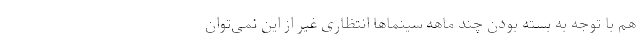
هم با توجه به بسته بودن چند ماهه سینماها انتظاری غیر از این نمی‌توان